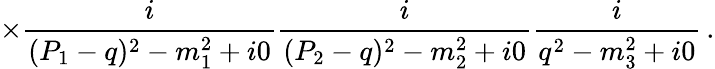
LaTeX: \times\frac{i}{(P_{1}-q)^{2}-m_{1}^{2}+i0}\frac{i}{(P_{2}-q)^{2}-m_{2}^{2}+i0}\frac{i}{q^{2}-m_{3}^{2}+i0}\, .